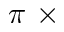
\pi ~ \times